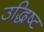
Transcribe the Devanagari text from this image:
उद्धिष्ट